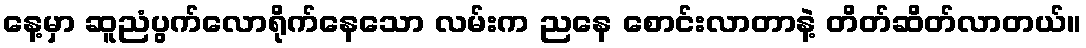
နေ့မှာ ဆူညံပွက်လောရိုက်နေသော လမ်းက ညနေ စောင်းလာတာနဲ့ တိတ်ဆိတ်လာတယ်။